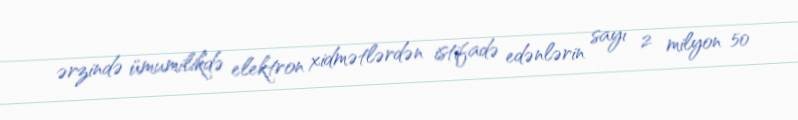
ərzində ümumilikdə elektron xidmətlərdən istifadə edənlərin sayı 2 milyon 50